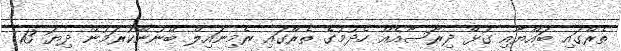
ތެރޭގައި ބައްޔާއި ގުޅޭ ދިރާސާއެއް ހެދުމުގެ ތެރޭގައި ރެމިނައިލް ބޭނުންކުރަމުން ދިޔަ 13